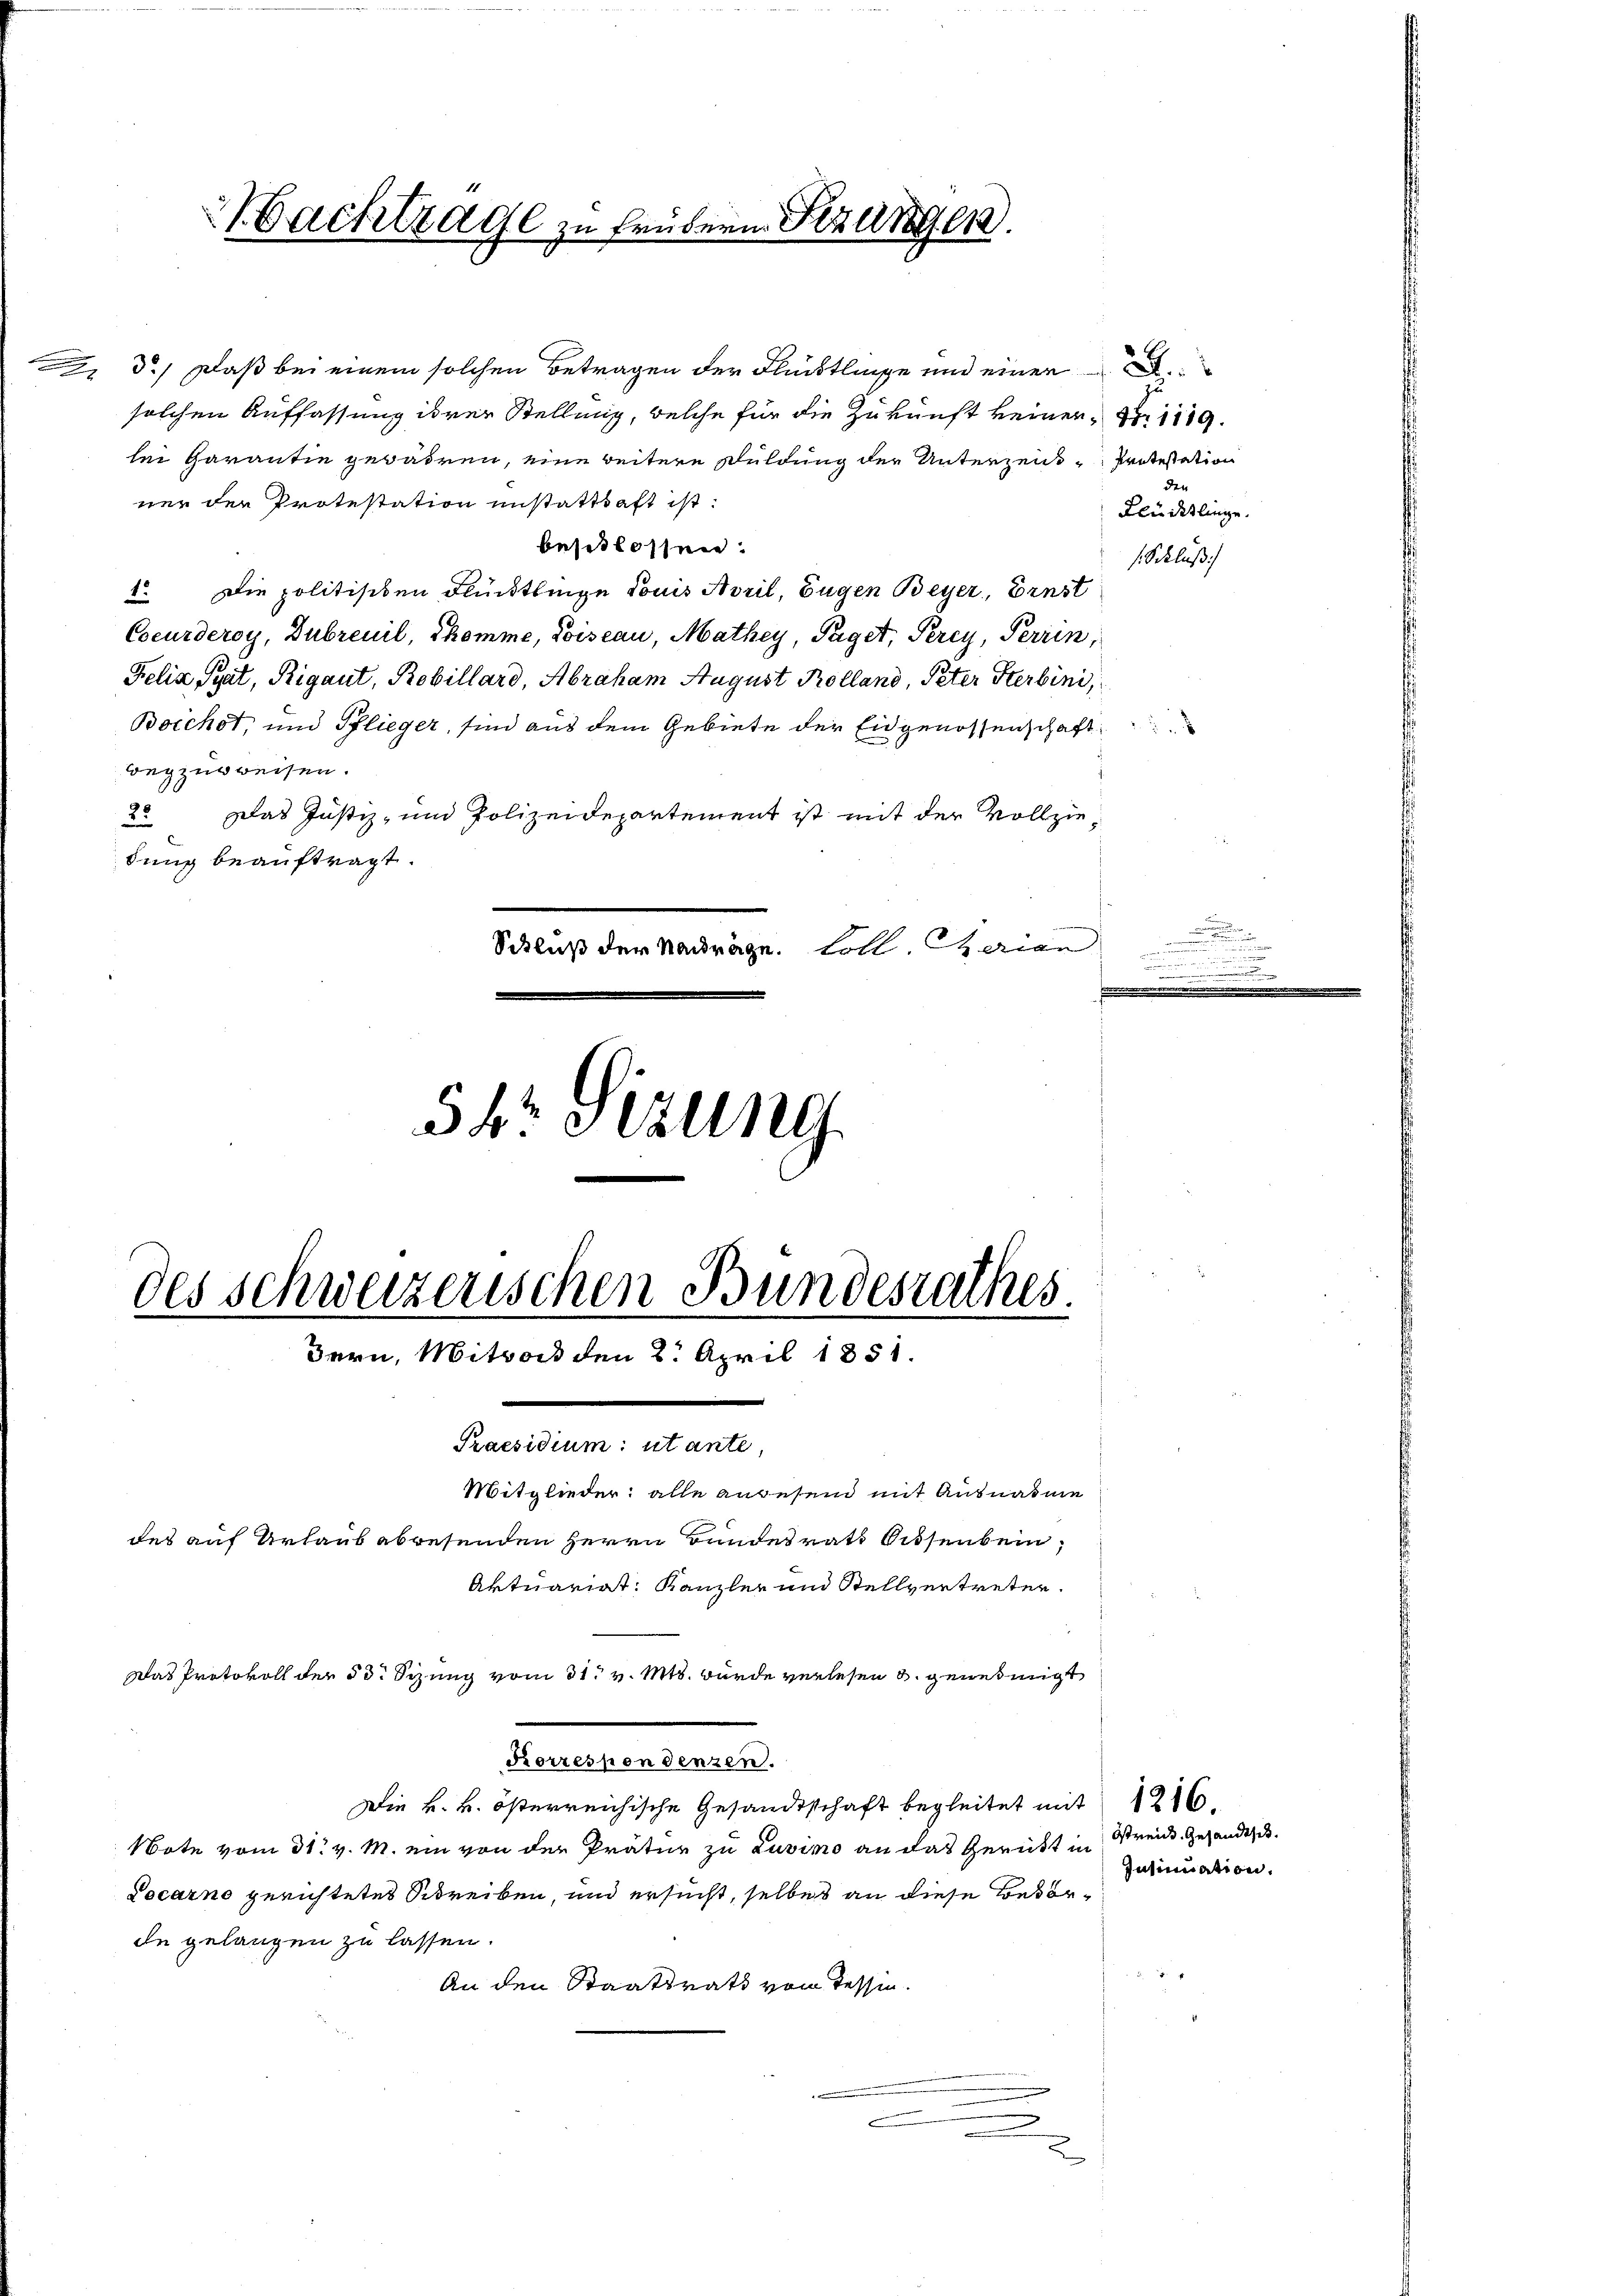
achtrage zu frühern Strangen.

d.) Daß bei einem solchen Betragen der Fleistlinge und einen

solchen Auffassung ihrer Stellung, welche für die Zukunft keiner Nr. 1119.
lei Garantie gewähren, eine weitere Suldung der Unterzeich-Protestation
ner der Protestation unstatthaft ist:
besitlossen:
1. Die politischen Flüchtlinge Douis April, Eugen Beyer, Ernst
Coeurderoy, Dubreuil, Thomme, Poiseau, Mathey, Paget, Percy, Perrin,
Felix Teat, Rigant, Robillard, Abraham August Kolland, Peter Sterbini,
Boichot, und Pflieger, sind aus dem Gebiete der Eidgenossenschaft
wegzubreisen.
Das Justiz- und Polizeidepartement ist mit der Vollzie¬
25
dung beauftragt.
Schluß der Nadräge. Soll Serian
54r Sitzung

.
t
des schweizerischen Bundesrathes.
Bern, Mitwort den 2. April 1851.

Flücklinge.
1 Schluß

Praesidium: utante,
Mitglieder: alle angesein mit Ausnahme
des auf Urlaub abwesenden Herrn Bundesrath bissenbein,
Aktuariat: Kanzler und Stellvertreten.
Das Protokoll der 50. Sizung vom 31. v. Mts. wurde verlesen & genehmigt
Korrespondenzen.
Die k. k. österreichische Gesandtschaft begleitet mit 1216.
Note vom 31. v. M. ein von der Prätur zu Luvimo an das Gericht in Streide Gesandtsch
Pocarno gerichtetes Schreiben, und ersucht, selbes an diese Besorde gelangen zu lassen.
An den Staatsrath von Tessin.

Insinuation.